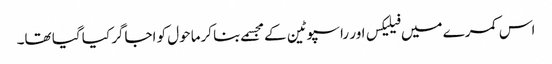
اس کمرے میں فیلیکس اور راسپوٹین کے مجسمے بنا کرماحول کو اجاگر کیا گیا تھا۔